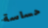
حساسة